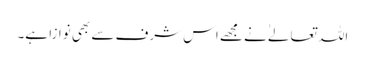
اللہ تعالےٰ نے مجھے اس شرف سے بھی نوازا ہے۔